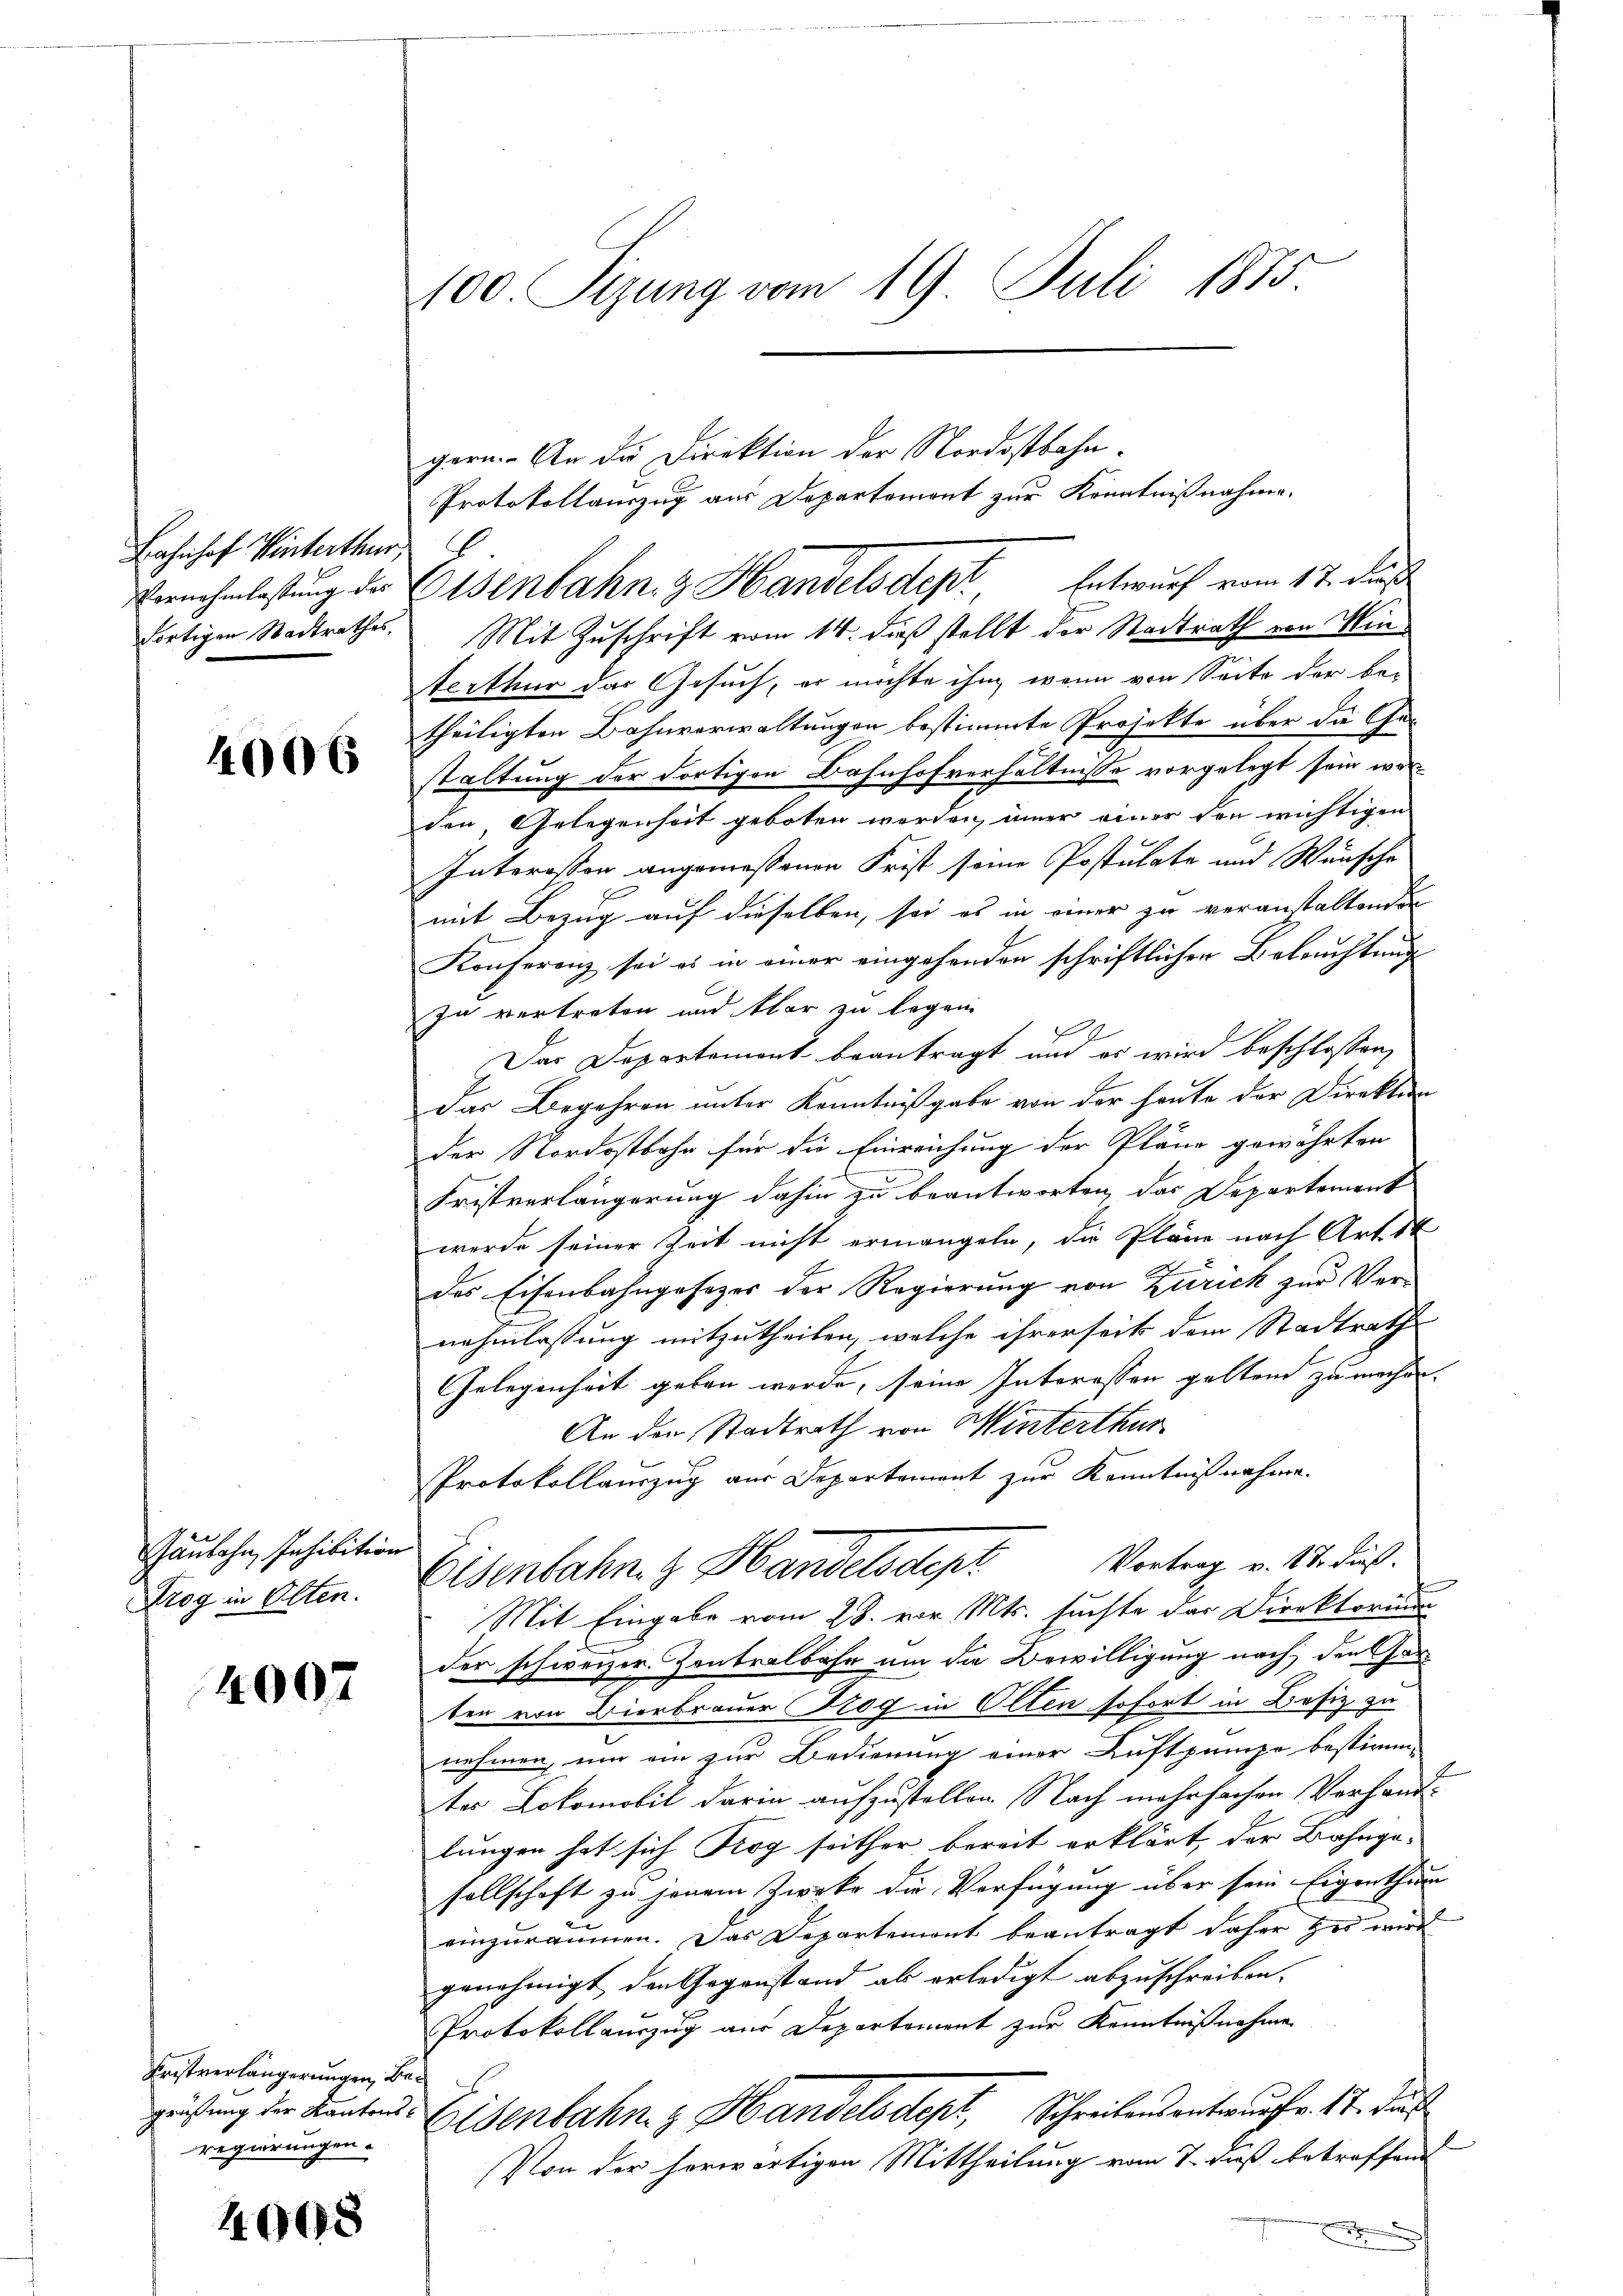
Bahnhof Winterthur

4006

Jaubahn, Inhibition
Drog in Olten.

4007

gern. An die Direktion der Nordostbahn¬
Protokollauszug aus Departement zur Kenntnißnahme.
Vernehmlassung des Eisenbahn & Handelsdept, Entwurf vom 17. ds
dortigen Stadtrathes. Mit Zuschrift vom 14. dieß stellt der Stadtrath von Winterthur das Gesuch, er möchte ihm, wenn von Seite der be-
theiligten Bahnverwaltungen bestimmte Projekte über die Ge-
staltung der dortigen Bahnhofverhältnisse vorgelegt sein war
den, Gelegenheit geboten werden, immer einer den wichtigen
Interesson angemeßenen Frist seine Postulate und Wünsche
mit Bezug auf dieselben, sei es in einer zu veranstaltenden
Konferenz, sei es in einer eingehenden schriftlichen Beleuchtung
zu vertreten und klar zu legen
Der Departement beantragt und es wird beschlossen,
Das Begehren unter Kenntnißgabe von der heute der Direktion
der Nordostbahn für die Einreichung der Pläne gewährten
Fristverlängerung dahin zu beantworten das Departement
werde seiner Zeit nicht ermangeln, die Pläne nach Art 14
des Eisenbahngesezer der Regierung von Zürich zur Vernehmlassung mitzutheilen, welche ihrerseit dem Stadtrath
Gelegenheit geben werde, seine Interessen geltend zu machen.
An den Stadtrath von Winterthur
Protokollauszug aus Departement zur Kenntnißnahme.
Eisenbahn & Handelsdept Vortrag v. 14. Fuß.
Mit Eingabe vom 28. vor Mts. suchte der Direktorium
der schweizer. Contralbahn um die Bewilligung nach den orten von Bierbrauer Trog in Olten sofort in Besiz zu
nehmen, um ein zur Bedienung einer Luftpumpe bestimm-
tes Lokomobil darin aufzustellen. Nach mehrfachen Vorhandlungen hat sich Rog seither bereit erklärt, der Bahngesellschaft zu jenem Zweke die Verfügung über sein Eigenthum
einzuräumen. Das Departemont beantragt daher zu wird
genehmigt, den Gegenstand als erledigt abzuschreiben.
Protokollauszug aus Departement zur Kenntnißnahmen
geistung der Kantons-Eisenbahn z. Handelsdept, Schreibensentwurffr. 17. Das
Von der herwärtigen Mittheilung vom 7. dieß betreffend
e

Fristverlängerungen, Beregierungen.

4908

100. Sizung vom 19. Juli 1875